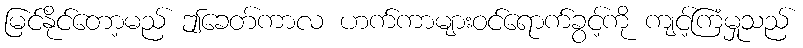
မြင်နိုင်တော့မည် ဤခေတ်ကာလ ဟက်ကာများဝင်ရောက်ခွင့်ကို ကျင့်ကြံမှုသည်